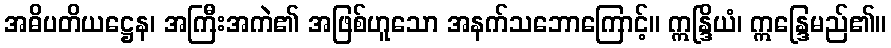
အဓိပတိယဋ္ဌေန၊ အကြီးအကဲ၏ အဖြစ်ဟူသော အနက်သဘောကြောင့်။ ဣန္ဒြိယံ၊ ဣန္ဒြေမည်၏။